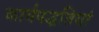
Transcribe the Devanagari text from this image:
कार्यपद्धतियां